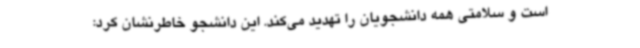
است و سلامتی همه دانشجویان را تهدید می‌کند. این دانشجو خاطرنشان کرد: